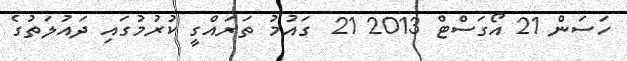
ހަސަން 21 އޯގަސްޓް 2013 21  ގައުމު ތަރައްގީ ކުރުމުގައި ދައުލަތުގެ